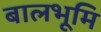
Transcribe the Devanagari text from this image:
बालभूमि